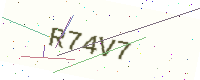
Text: R74V7